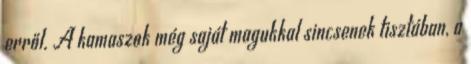
erről. A kamaszok még saját magukkal sincsenek tisztában, a